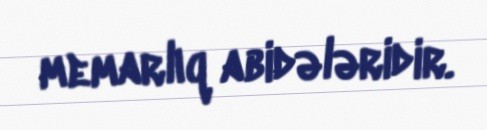
memarlıq abidələridir.